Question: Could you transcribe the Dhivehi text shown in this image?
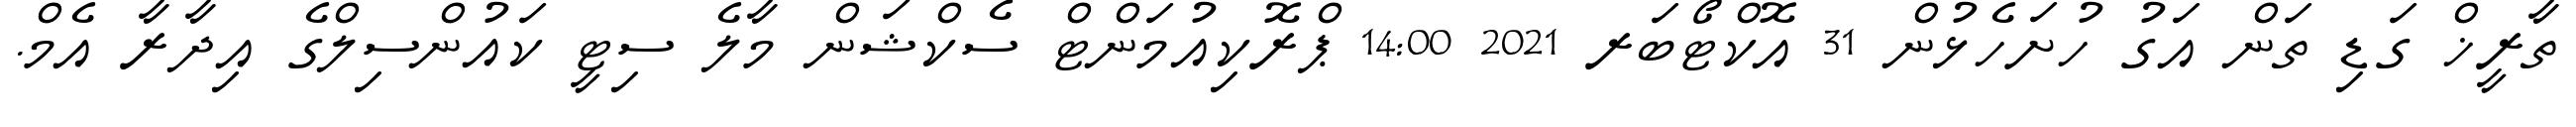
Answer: ތާރީޚް ގަޑި ތަން އަގު ހުށަހެޅުން 31 އޮކްޓޯބަރ 2021 14:00 ޕްރޮކިއުމަންޓް ސެކްޝަން މާލެ ސިޓީ ކައުންސިލްގެ އިދާރާ އެމް.